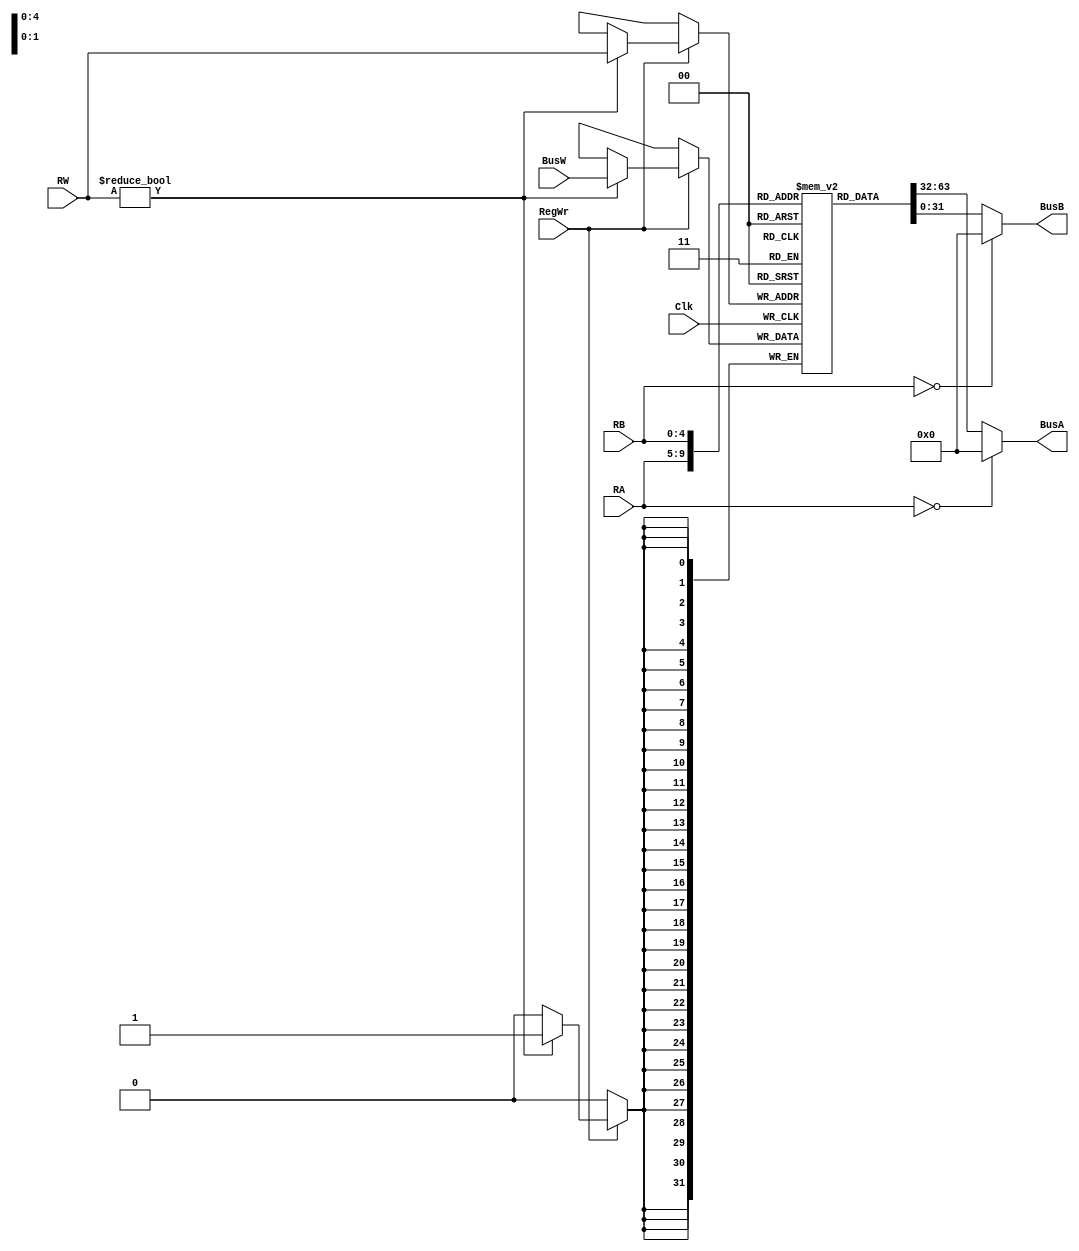
`timescale 1ns / 1ps


// Code your design here
module RegisterFile(BusA, BusB, BusW, RA, RB, RW, RegWr, Clk);
  output [31:0] BusA, BusB;
  input [31:0] BusW;
  input [4:0] RA, RB, RW;
  input RegWr;
  input Clk;

  reg [31:0] registers [31:0];

  assign  BusA = (RA==0) ? 32'd0:registers[RA];
  assign  BusB = (RB==0) ? 32'd0:registers[RB];
  

  always @ (negedge Clk) 
  begin
  
    if(RegWr) begin
      if (RW != 5'd0)
        registers[RW] = BusW;
 end 
  end
endmodule